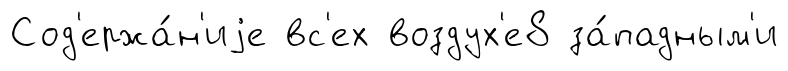
Сод'ержа́н'иjе вс'ех воздух'е8 за́падным'и